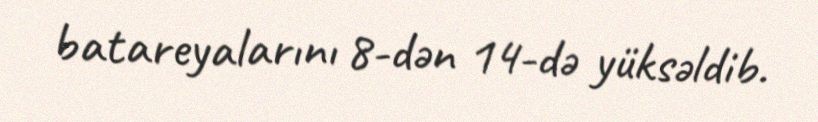
batareyalarını 8-dən 14-də yüksəldib.